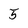
Character: 5